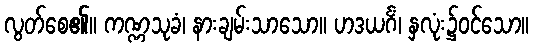
လွတ်စေ၏။ ကဏ္ဏသုခံ၊ နားချမ်းသာသော။ ဟဒယင်္ဂံ၊ နှလုံး၌ဝင်သော။